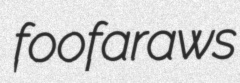
foofaraws